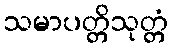
သမာပတ္တိသုတ္တံ